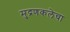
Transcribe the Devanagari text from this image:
मुद्रणकलेचा